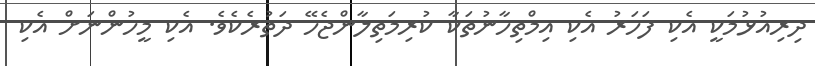
ދިރިއުޅުމަކީ އެކި ފަހަރު އެކި އިމްތިހާނުތަކާ ކުރިމަތިލާންޖެހޭ ދަތުރެކެވެ. އެކި މީހުންނަށް އެކި